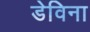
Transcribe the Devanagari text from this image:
डेविना